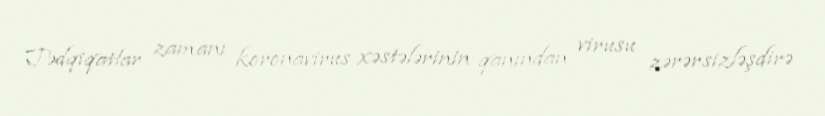
Tədqiqatlar zamanı koronavirus xəstələrinin qanından virusu zərərsizləşdirə